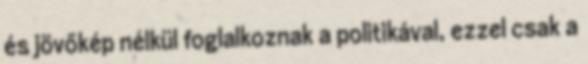
és jövőkép nélkül foglalkoznak a politikával, ezzel csak a